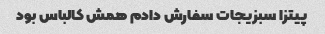
پیتزا سبزیجات سفارش دادم همش کالباس بود